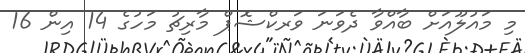
މި މައުލޫއަށް ބާއްވާ ދެވަނަ ވަރކްޝޮޕް މާރިޗު މަހުގެ 14 އިން 16